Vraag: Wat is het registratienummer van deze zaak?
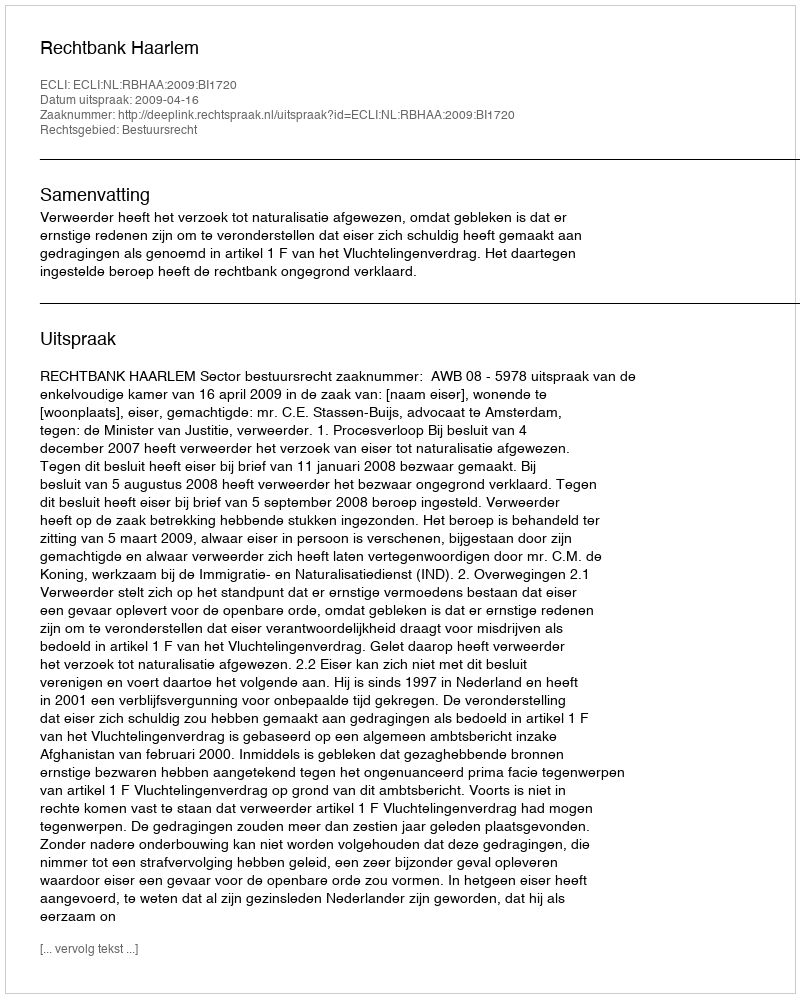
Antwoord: http://deeplink.rechtspraak.nl/uitspraak?id=ECLI:NL:RBHAA:2009:BI1720